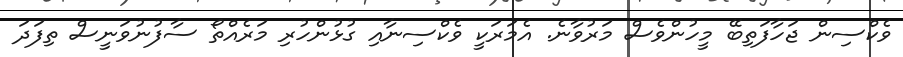
ވެކްސިން ޖަހާފަތިބޭ މީހުންވެސް މަރުވާނެ. އެމަރަކީ ވެކްސިނާއި ގުޅުންހުރި މަރެއްތޯ ސާފުނުވަނީސް ތިފަދަ